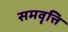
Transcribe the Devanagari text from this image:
समवृत्ति